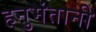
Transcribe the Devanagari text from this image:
हनुमंतानी